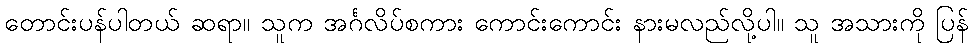
တောင်းပန်ပါတယ် ဆရာ။ သူက အင်္ဂလိပ်စကား ကောင်းကောင်း နားမလည်လို့ပါ။ သူ အသားကို ပြန်